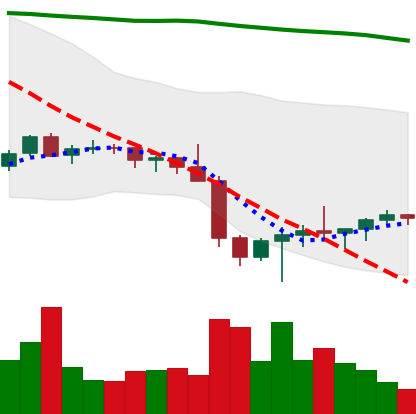
Ticker: BTC-USD
Chart end date: 2022-01-30
Forward return: 9.45%
Label: up_7plus